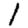
Digit: 1